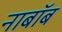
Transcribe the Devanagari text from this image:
नाबॉब